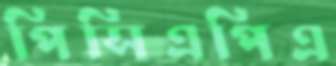
পিসিএপিএ